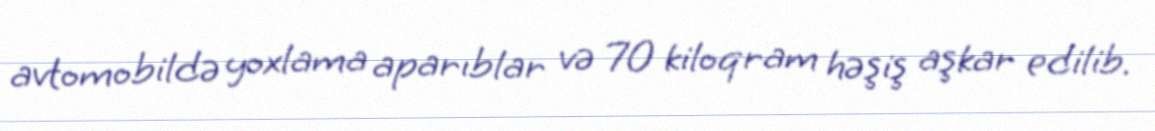
avtomobildə yoxlama aparıblar və 70 kiloqram həşiş aşkar edilib.